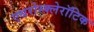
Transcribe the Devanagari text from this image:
एथरोस्क्लेरॉटिक